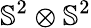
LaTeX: \mathbb{S}^{2}\otimes\mathbb{S}^{2}